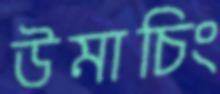
উমাচিং